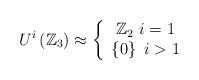
LaTeX: \begin{align*}U^{i}\left( \mathbb{Z}_{3}\right) \approx\left\{\begin{array}[c]{c}\mathbb{Z}_{2}~i=1\\\left\{ 0\right\} ~i>1\end{array}\right. \end{align*}